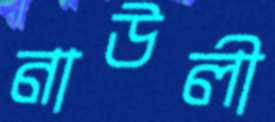
নাউলী